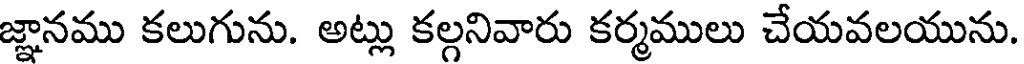
జ్ఞానము కలుగును. అట్లు కల్గనివారు కర్మములు చేయవలయును.